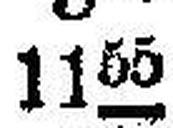
1155